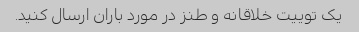
یک توییت خلاقانه و طنز در مورد باران ارسال کنید.